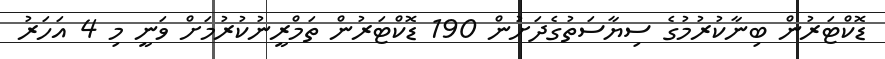
ޑޮކްޓަރުން ބިނާކުރުމުގެ ސިޔާސަތުގެދަށުން 190 ޑޮކްޓަރުން ތަމްރީނުކުރުމަށް ވަނީ މި 4 އަހަރު